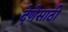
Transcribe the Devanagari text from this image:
देणेसाठी